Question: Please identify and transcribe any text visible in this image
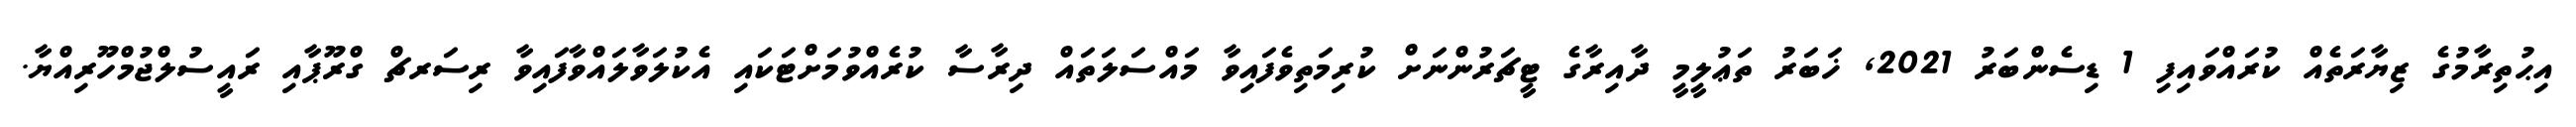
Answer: އިޙުތިރާމުގެ ޒިޔާރަތެއް ކުރައްވައިފި 1 ޑިސެންބަރު 2021, ޚަބަރު ތަޢުލީމީ ދާއިރާގެ ޓީޗަރުންނަށް ކުރިމަތިވެފައިވާ މައްސަލަތައް ދިރާސާ ކުރެއްވުމަށްޓަކައި އެކުލަވާލައްވާފައިވާ ރިސަރޗް ގްރޫޕާއި ރައީސުލްޖުމްހޫރިއްޔާ.